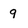
Character: 9